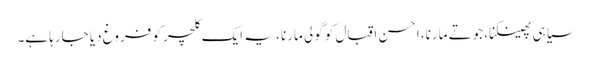
سیاہی پھینکنا، جوتے مارنا، احسن اقبال کو گولی مارنا ، یہ ایک کلچر کو فروغ دیا جارہا ہے۔